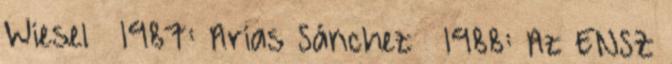
Wiesel · 1987: Arias Sánchez · 1988: Az ENSZ